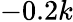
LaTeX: -0.2k